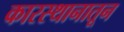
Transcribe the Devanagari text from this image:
कारस्थानातून